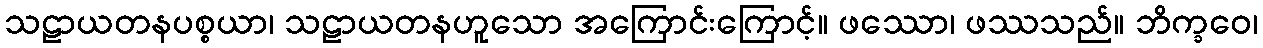
သဠာယတနပစ္စယာ၊ သဠာယတနဟူသော အကြောင်းကြောင့်။ ဖဿော၊ ဖဿသည်။ ဘိက္ခဝေ၊